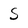
Character: S